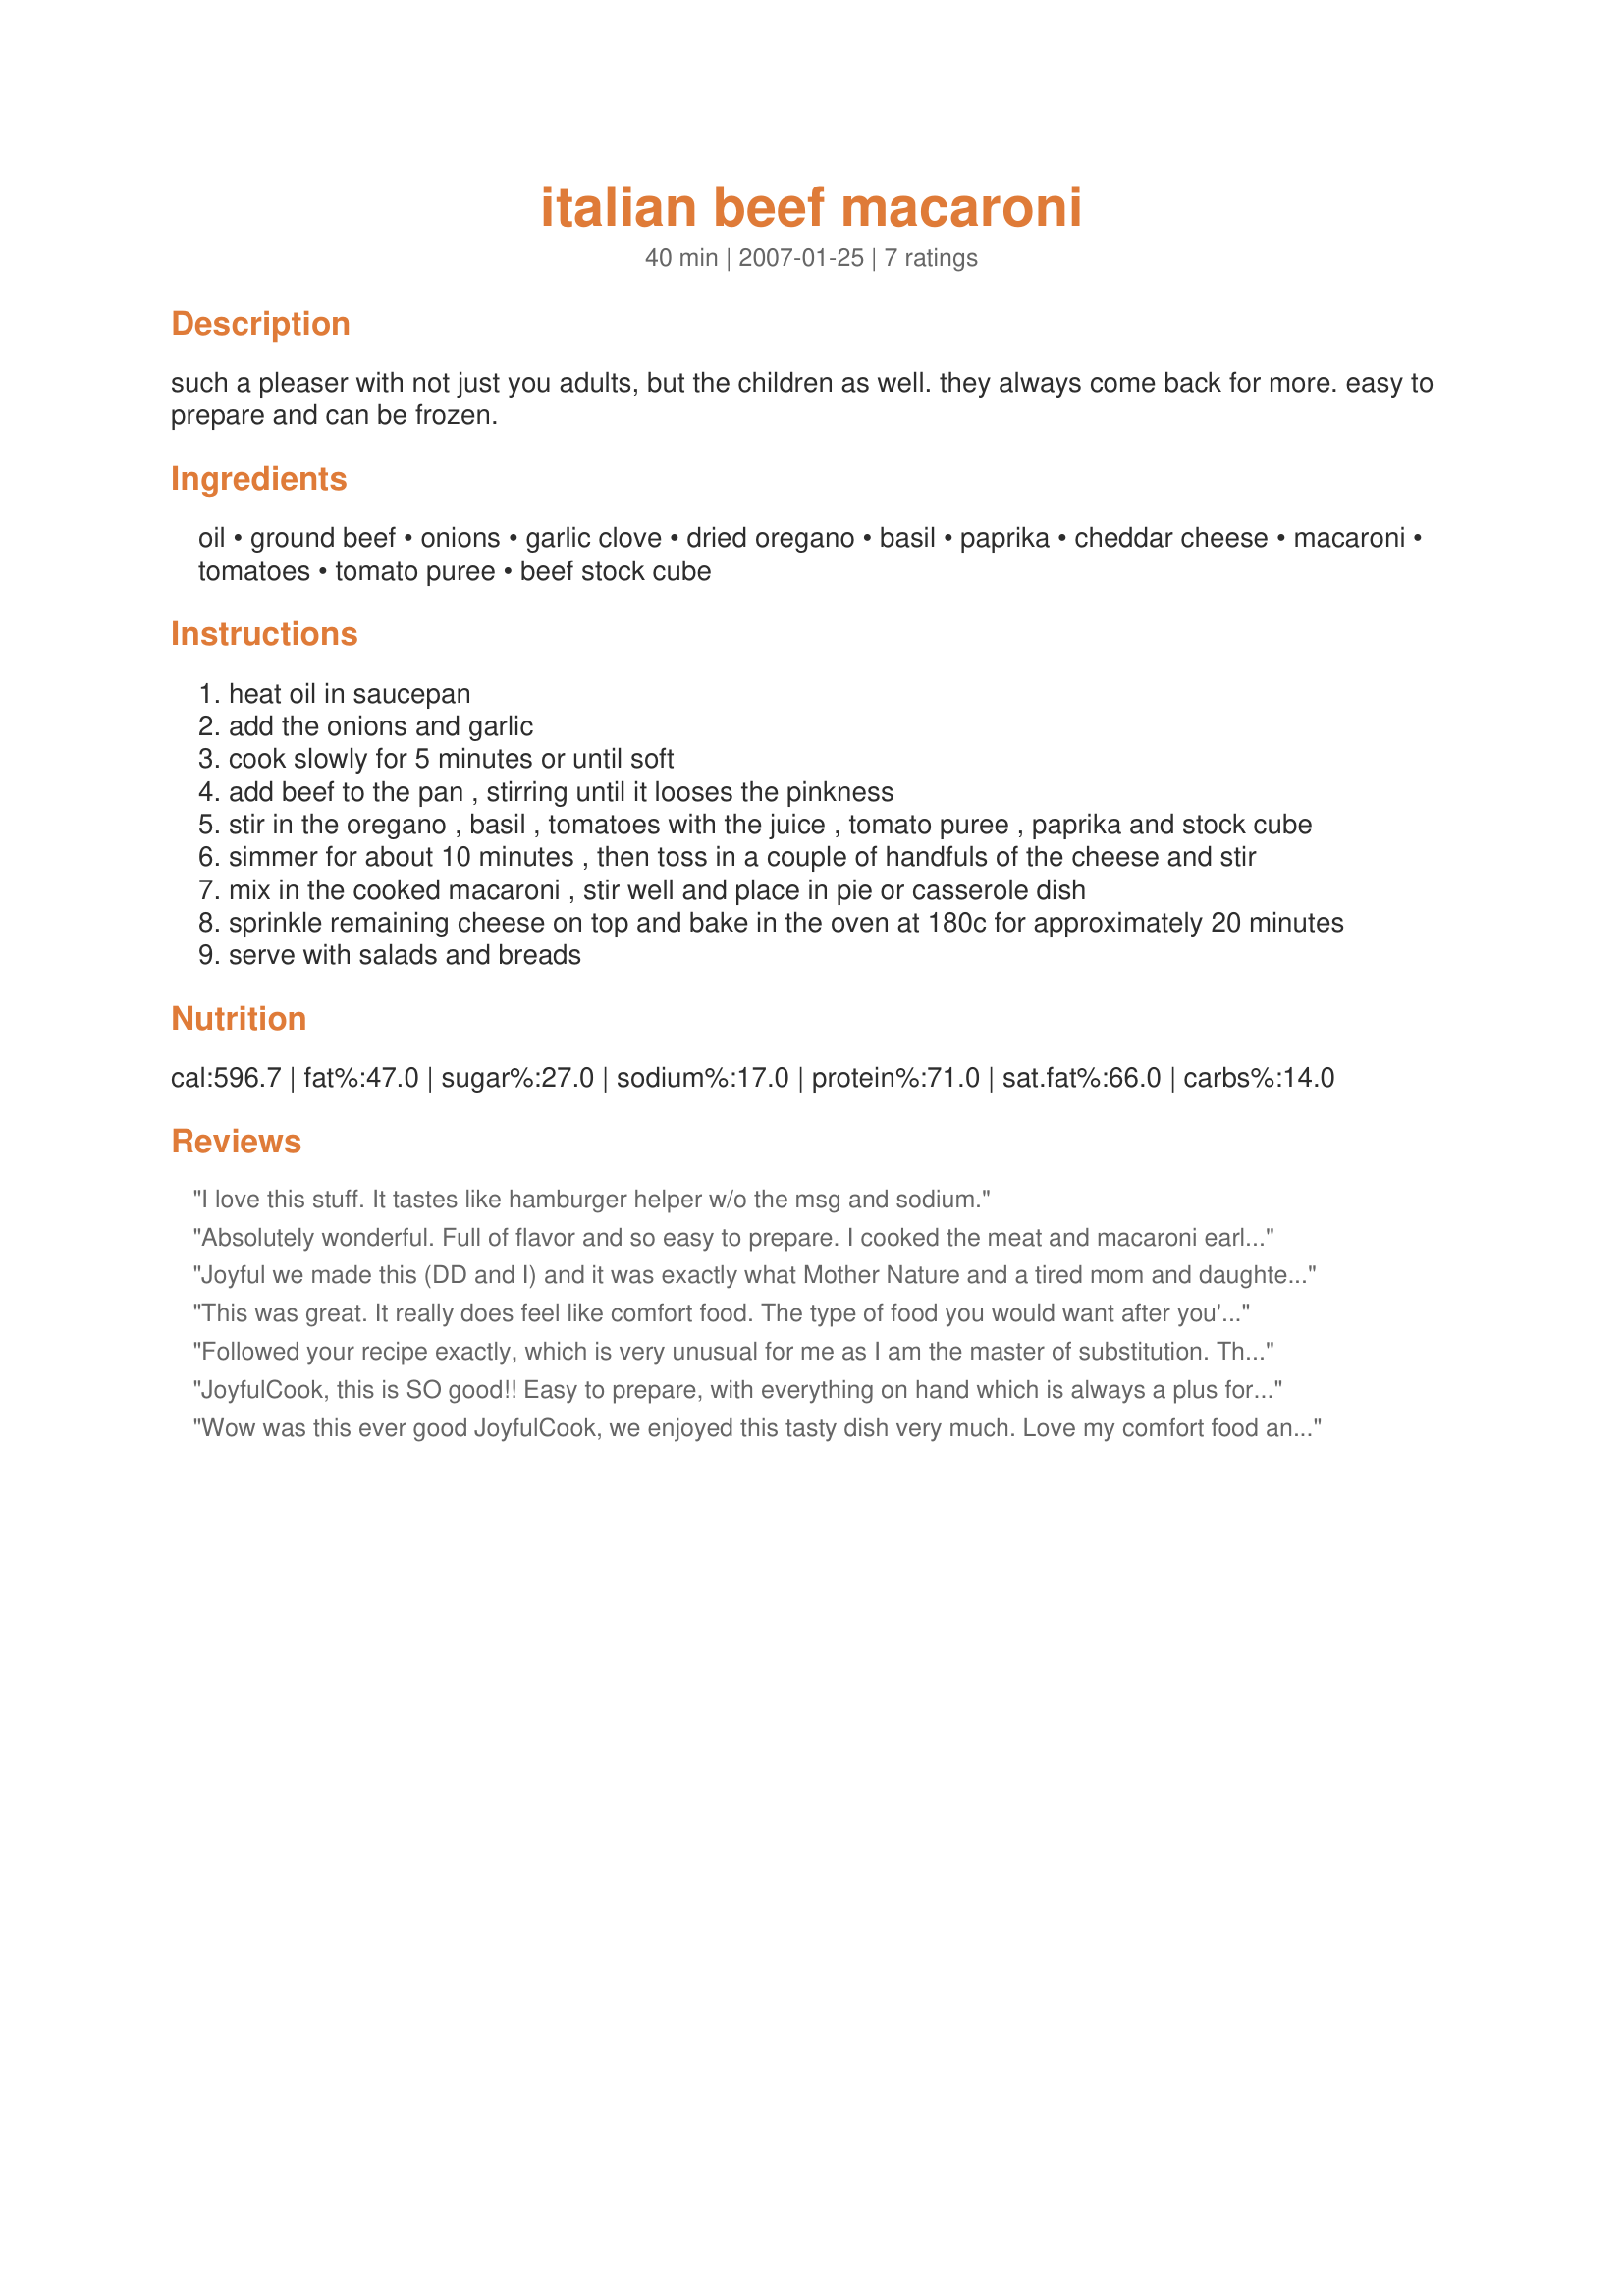
italian beef macaroni
Preparation time: 40 minutes

such a pleaser with not just you adults, but the children as well. they always come back for more. easy to prepare and can be frozen.

Ingredients:
oil, ground beef, onions, garlic clove, dried oregano, basil, paprika, cheddar cheese, macaroni, tomatoes, tomato puree, beef stock cube

Steps:
heat oil in saucepan
add the onions and garlic
cook slowly for 5 minutes or until soft
add beef to the pan , stirring until it looses the pinkness
stir in the oregano , basil , tomatoes with the juice , tomato puree , paprika and stock cube
simmer for about 10 minutes , then toss in a couple of handfuls of the cheese and stir
mix in the cooked macaroni , stir well and place in pie or casserole dish
sprinkle remaining cheese on top and bake in the oven at 180c for approximately 20 minutes
serve with salads and breads

Reviews:
I love this stuff. It tastes like hamburger helper w/o the msg and sodium.
Absolutely wonderful. Full of flavor and so easy to prepare. I cooked the meat and macaroni earlier in the day. A great make ahead meal.I didn't change a thing and will definitely make this again. Thank-you for this great recipe.
Joyful we made this (DD and I) and it was exactly what Mother Nature and a tired mom and daughter needed. Warm, flavorful, easy to put together, and all items on hand. We did use frozen from the garden tomatoes and herbs as opposed to tinned or container. Made it that much better as I know we grow organic. I love the cheese melted on top in the oven. It gave a sharp flavor to the mellow taste of the casserole. Served with a spinach salad and fresh from the oven garlic bread. Will make often for the family. Thank you. Made for AUS/NZ Swap Jan 2014
This was great. It really does feel like comfort food. The type of food you would want after you've been sick and you're getting your appetite back...and someone makes this for you :) Thanks for the recipe. It's more a beef dish than a pasta, and we really enjoyed the change!
Followed your recipe exactly, which is very unusual for me as I am the master of substitution. This dish was easy to put together and wonderful on the taste buds. I cooked the meat in advance then finished it off just before serving. The leftovers micro waved very well the next day. I served this with a green salad and Recipe #34741. Thanks Joy for sharing
JoyfulCook, this is SO good!! Easy to prepare, with everything on hand which is always a plus for me. The aroma of it baking was wonderful! I did only use a half pound of ground beef (personal choice) and we both thought it was plenty! I decreased the amount of cheese by half because I used a sharp cheddar and didn't want it to overpower the flavor. Have definitely added this to the menu rotation here and thank you for posting such a great tasting meal! :)
Wow was this ever good JoyfulCook, we enjoyed this tasty dish very much. Love my comfort food and this dish is perfect. Quick, easy to make, with ingredients found in most kitchen pantries. Made exactly as written but did sub with fresh herbs from the garden. Love the addition of the beef stock and paprika. Can't wait to have this again, my dh had a huge portion then went back and finished the leftovers. Thank you for sharing your tasty tasty recipe.
